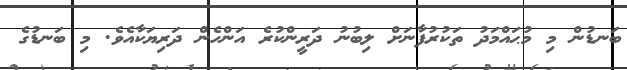
ބަނޑުން މި މުޙައްމަދު ތަކުރުފާނަށް ލިބުނު ދަރީންކުރެ އަންހެން ދަރިޔަކާއެވެ. މި ބަނޑުގެ